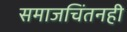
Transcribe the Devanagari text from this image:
समाजचिंतनही